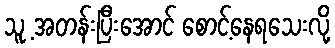
သူ့ အတန်းပြီးအောင် စောင့်နေရသေးလို့